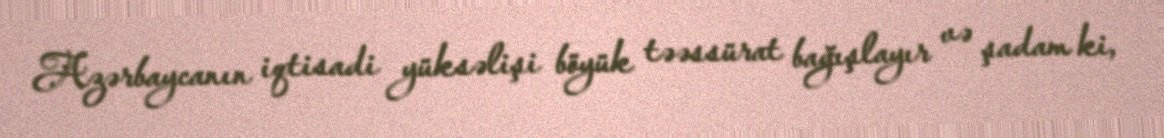
Azərbaycanın iqtisadi yüksəlişi böyük təəssürat bağışlayır və şadam ki,